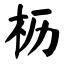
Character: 枥